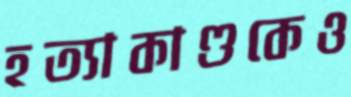
হত্যাকাণ্ডকেও